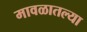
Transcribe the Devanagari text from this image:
मावळातल्या